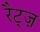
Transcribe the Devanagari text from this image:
रैट्ज़